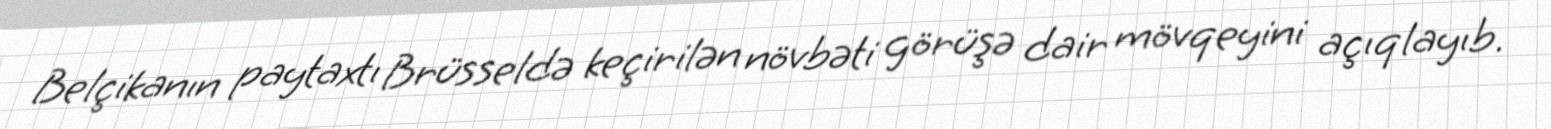
Belçikanın paytaxtı Brüsseldə keçirilən növbəti görüşə dair mövqeyini açıqlayıb.